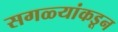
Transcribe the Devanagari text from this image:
सगळ्यांकडून